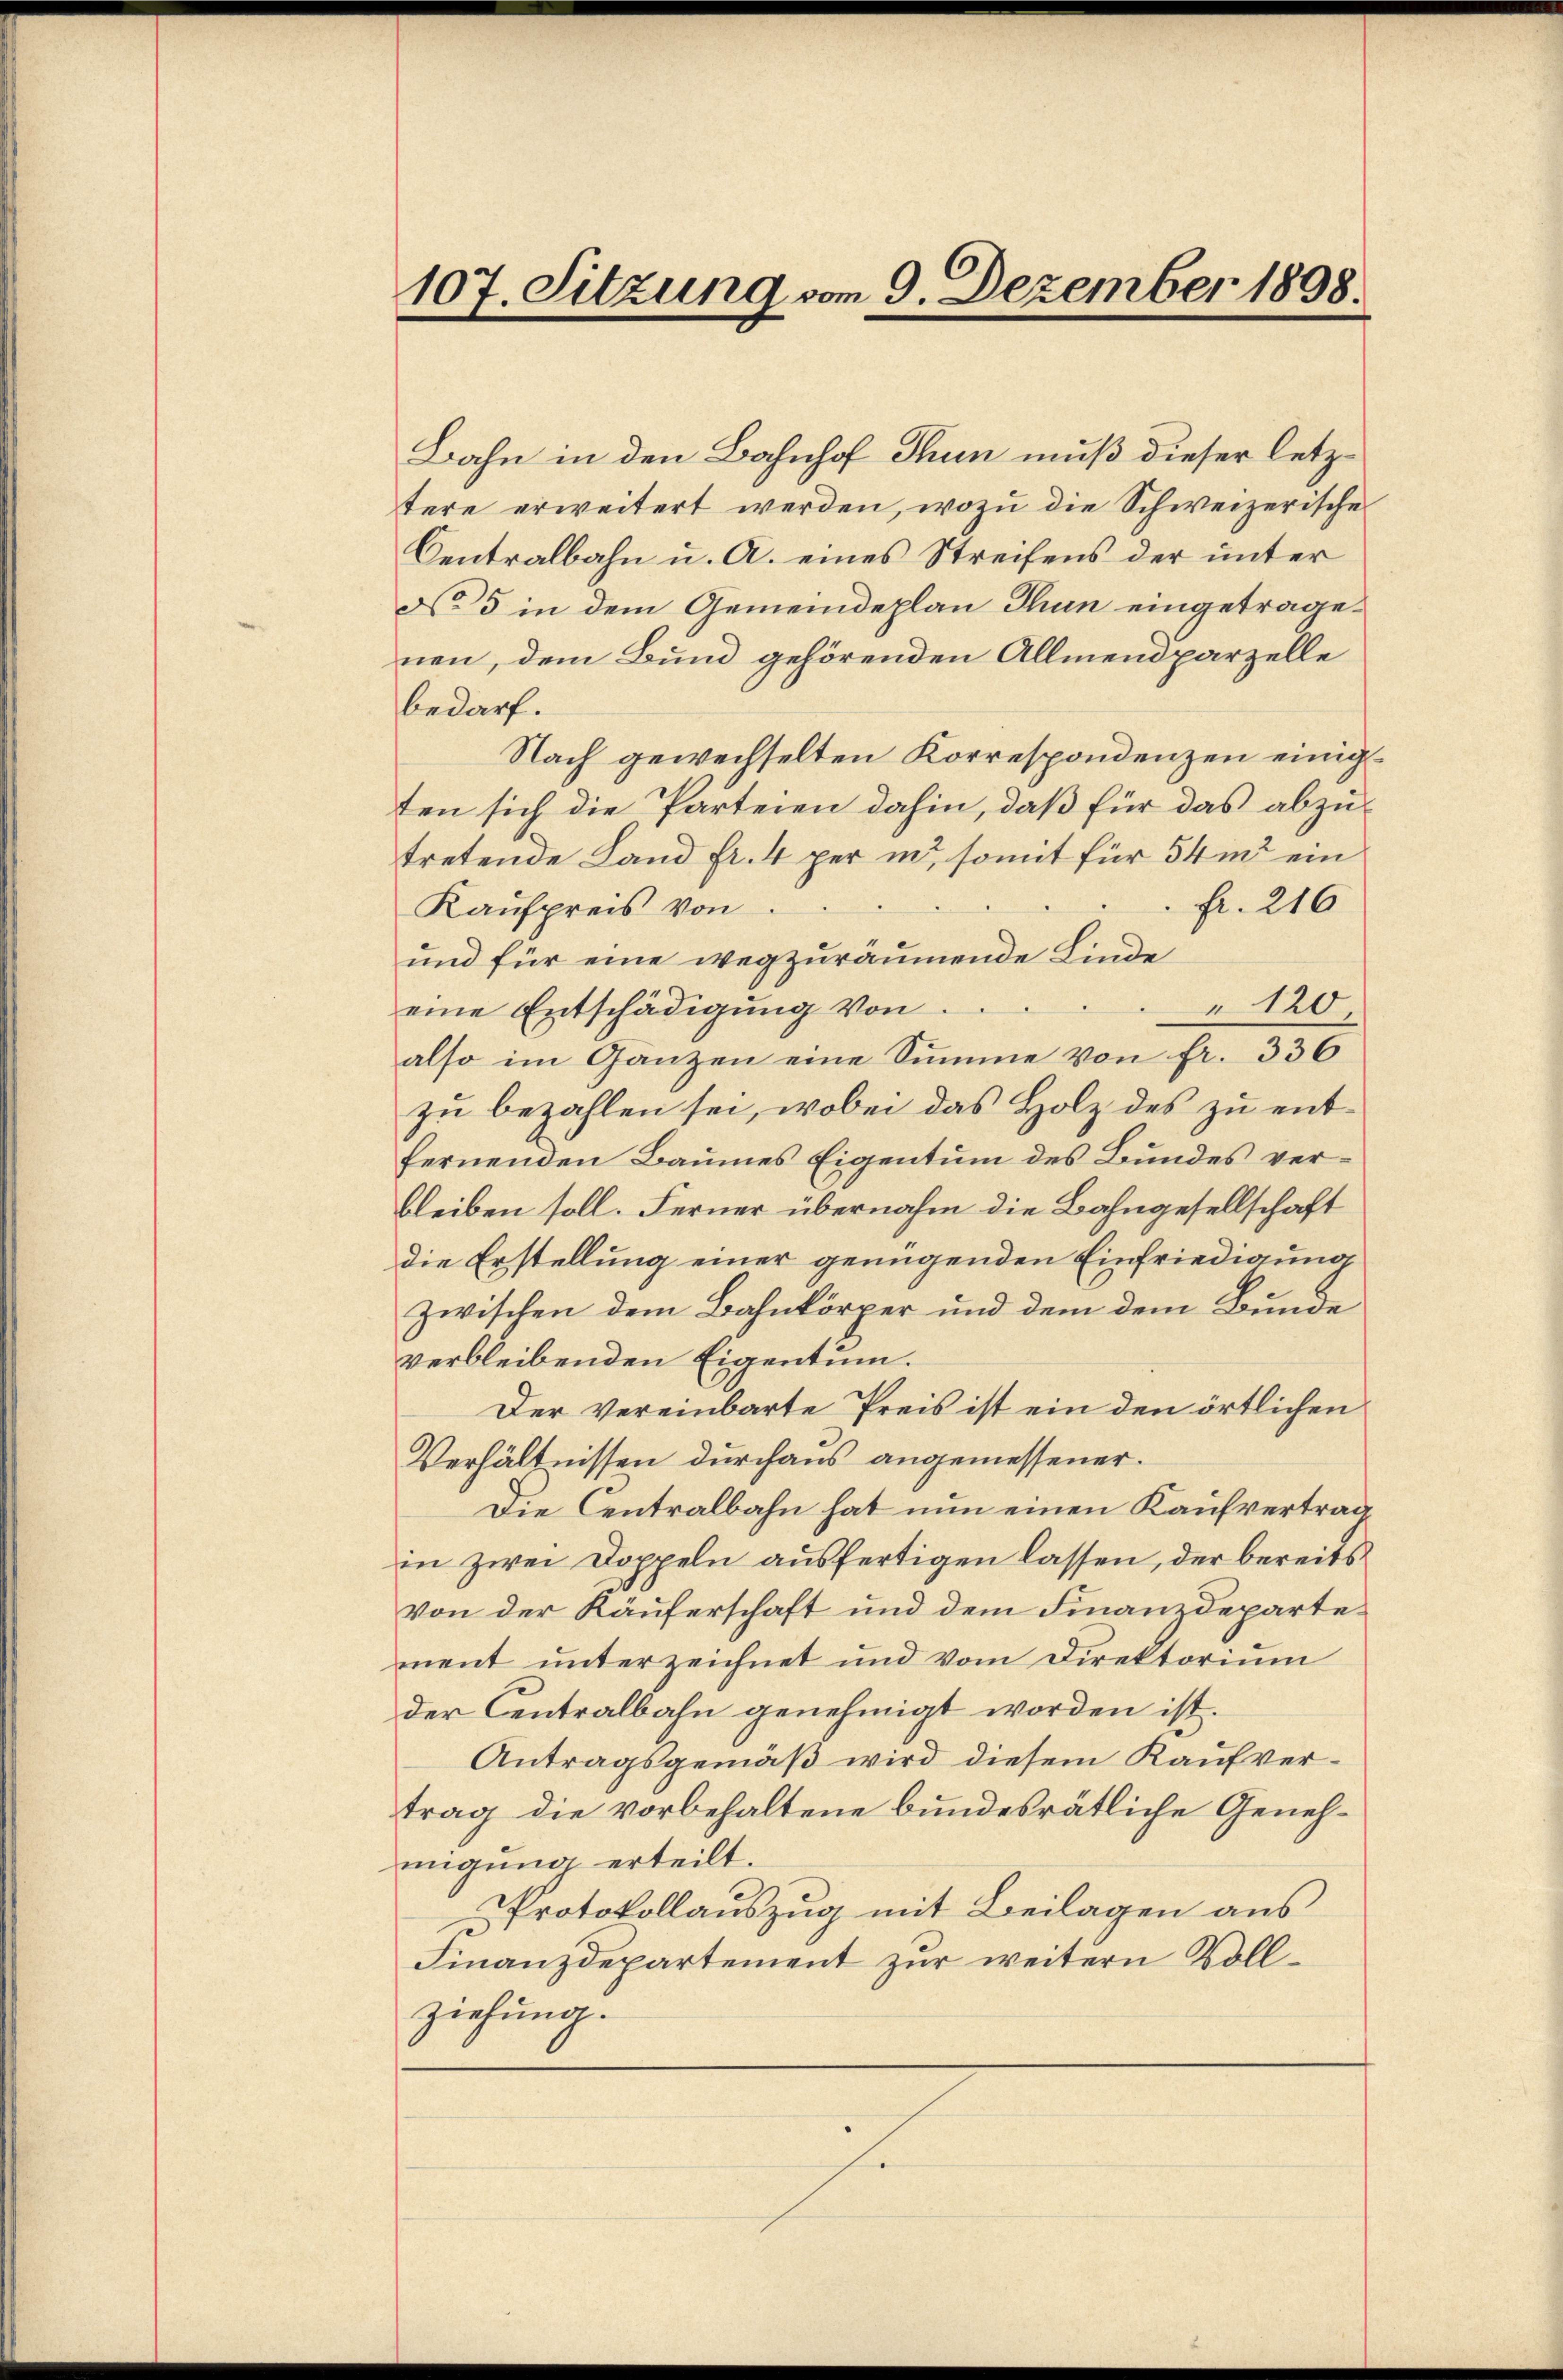
107. Sitzung vom 9. Dezember 1898.

Bahn in den Bahnhof Thun muß dieser letztere erweitert werden, wozu die Schweizerische
Centralbahn u. A. eines Streifens der unter
No 5 in dem Gemeindeplan Thun eingetragenen, dem Bund gehörenden Allmein parzelle
bedarf.
Nach gewechselten Korrespondenzen einigten sich die Parteien dahin, daß für das abzu-
tretende Land fr. 4 per in, somit für 54 m ein
fr. 216
Kaufpreis von
und für eine wegzuräumende Linde
" 120
eine Entschädigung von
also im Ganzen eine Summe von fr. 336
zu bezahlen sei, wobei das Holz des zu entfernenden Baumes Eigentum des Bundes verbleiben soll. Ferner übernahm die Bahngesellschaft
die Erstellung einer genügenden Einfriedigung
zwischen dem Bahnkörper und dem dem Bunde
verbleibenden Eigentum.
Der vereinbarte Preis ist ein den örtlichen
Verhältnissen durchaus angemessener.
Die Centralbahn hat nun einen Kaufvertrag
in zwei Doppeln ausfertigen lassen, der bereits
von der Käuferschaft und dem Finanzdepartement unterzeichnet und vom Direktorium
der Centralbahn genehmigt worden ist.
Antragsgemäß wird diesem Kaufvertrag die vorbehaltene bundesrätliche Genehmigung erteilt.
Protokollauszug mit Beilagen aus
Finanzdepartement zur weitern Vollziehung.